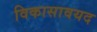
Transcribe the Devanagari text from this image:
विकासावयद